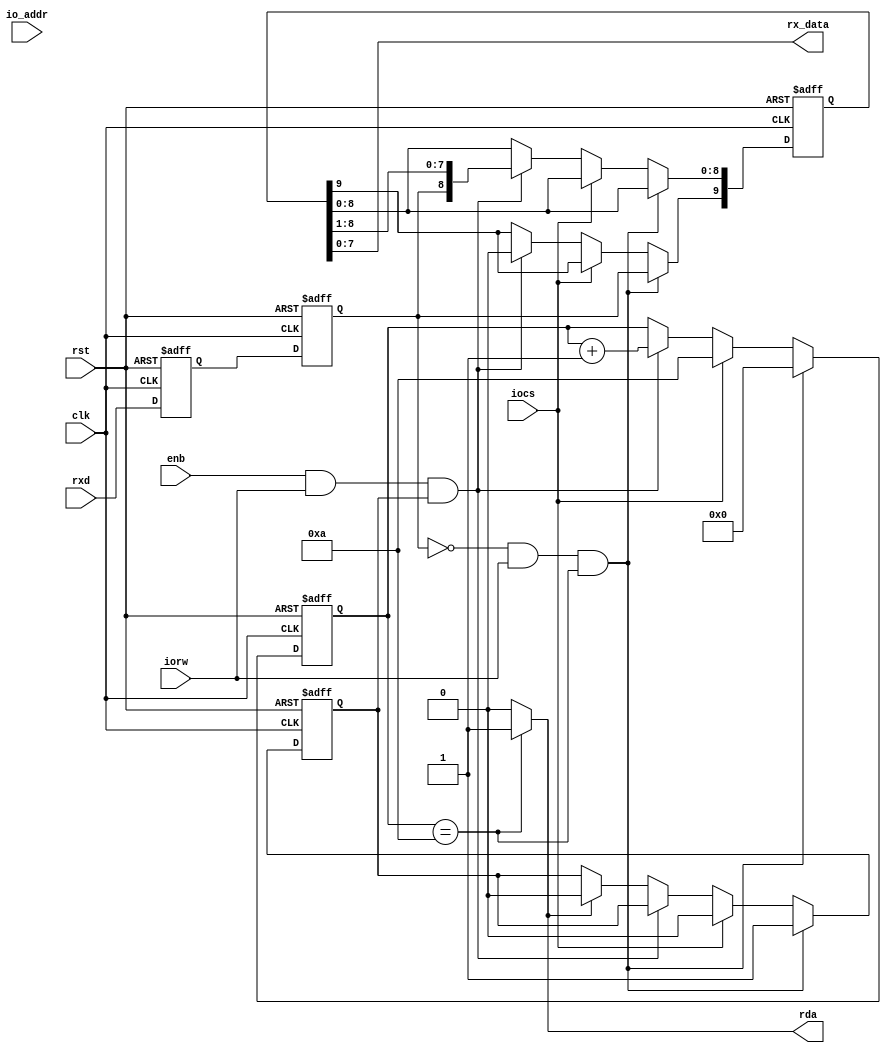
//////////////////////////////////////////////////////////////////////////////////
// Company: UW Madison - ECE 554
//
// Create Date:
// Design Name: 
// Module Name:    driver
// Project Name: spart
// Target Devices: Cyclone V
// Tool versions: Quartus Prime 
// Description: spart receive logic
//
// Dependencies:
//
// Revision:
// Revision 0.01 - File Created
// Additional Comments:
//
//////////////////////////////////////////////////////////////////////////////////

module spart_rx(clk, rst, iocs, iorw, rx_data, io_addr, enb, rda, rxd);
input clk, rst, iocs, iorw, enb, rxd;
input  [1:0] io_addr;

output [7:0] rx_data; //recieve buffer
output       rda;

reg    [9:0] rx_shift_reg;
reg    [3:0] shift_count;
reg          got_start;
reg rx_d1, rx_d2;

parameter [3:0] load_val = 4'hA;

// sync to this clk domain
always@(posedge clk or negedge rst)
	if (!rst) begin
		rx_d1 <= 1'b0;
		rx_d2 <= 1'b0;
	end else begin
		rx_d1 <= rxd;
		rx_d2 <= rx_d1;
	end
	
always@(posedge clk or negedge rst) begin

	if(!rst) begin
		rx_shift_reg <= 10'h0;
		shift_count  <= load_val;
		got_start    <= 1'b0;
	end	
	// get start condition	
	else if(!rx_d2 && iorw && (shift_count == load_val)) begin
		rx_shift_reg[9] <= rx_d2;
		shift_count     <= 4'h0;
		got_start       <= 1'b1;
	end
	// waiting for start condition, iocs held high while polling for start bit
	else if (iocs) begin
	    rx_shift_reg <= rx_shift_reg;
		shift_count <= load_val;
		got_start <= 1'b0;
	end
	// shift data in
	else if(enb && iorw && got_start) begin
	    rx_shift_reg <= {rx_d2, rx_shift_reg[8:1]};				
		shift_count <= shift_count + 1'b1;
		got_start <= got_start;
	end
	// hold shifted in data until new receive
	else if(rda) begin
	    shift_count <= shift_count;
		rx_shift_reg <= rx_shift_reg;
		got_start <= 1'b0;
	end
	// hold
	else begin
		rx_shift_reg <= rx_shift_reg;
		shift_count <= shift_count;
		got_start <= got_start;
	end
	
end

assign rx_data = rx_shift_reg[7:0];
assign rda = (shift_count == load_val) ? 1'b1 : 1'b0;

endmodule